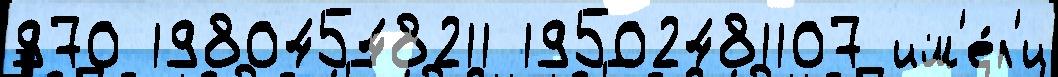
970 19804548211 19502481107 им'е́л'и